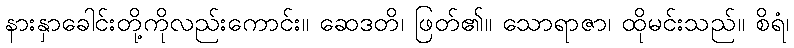
နားနှာခေါင်းတို့ကိုလည်းကောင်း။ ဆေဒတိ၊ ဖြတ်၏။ သောရာဇာ၊ ထိုမင်းသည်။ စိရံ၊